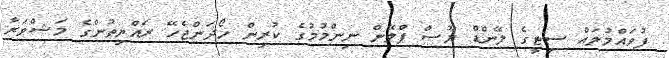
ފުވައްމުލައް ސިޓީގެ ލޭންޑް ޔޫސް ޕްލޭން ނިންމުމުގެ ކުރިން ހޯދަންޖެހޭ ރައްޔިތުންގެ މަޝްވަރާ